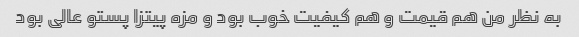
به نظر من هم قیمت و هم کیفیت خوب بود و مزه پیتزا پستو عالی بود